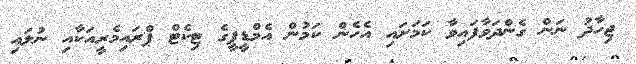
ޖިހާދު ނަން ގެންދަވާފައިވާ ކަމަށައި އެހެން ކަމުން އެމްޑީޕީގެ ޓިކެޓް ޕްރައިމެރީއަކާއި ނުލައި